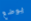
يوضع